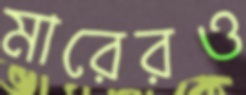
মারেরও